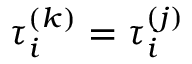
\tau _ { i } ^ { ( k ) } = \tau _ { i } ^ { ( j ) }